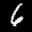
Label: 6